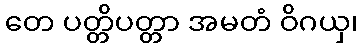
တေ ပတ္တိပတ္တာ အမတံ ဝိဂယှ၊